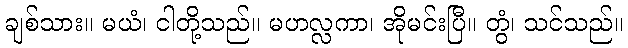
ချစ်သား။ မယံ၊ ငါတို့သည်။ မဟလ္လကာ၊ အိုမင်းပြီ။ တွံ၊ သင်သည်။